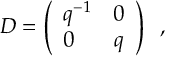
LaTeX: D = \left( \begin{array} { l c } { { q ^ { - 1 } } } & { { 0 } } \\ { { 0 } } & { { q } } \end{array} \right) \; \; ,